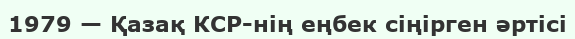
1979 — Қазақ КСР-нің еңбек сіңірген әртісі